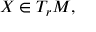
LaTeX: X \in T _ { r } M ,